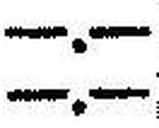
—.—